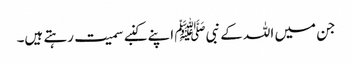
جن میں اللہ کے نبیﷺ اپنے کنبے سمیت رہتے ہیں۔